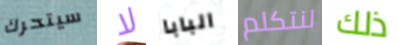
سيتحرك لا البابا لنتكلم ذلك